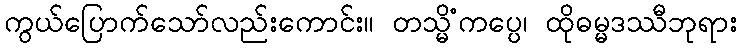
ကွယ်ပြောက်သော်လည်းကောင်း။ တသ္မိံကပ္ပေ၊ ထိုဓမ္မဒဿီဘုရား